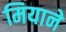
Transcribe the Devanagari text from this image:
मियाने